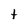
Character: t